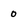
Character: 0